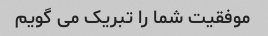
موفقیت شما را تبریک می گویم